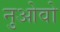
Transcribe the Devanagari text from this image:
नुओवो